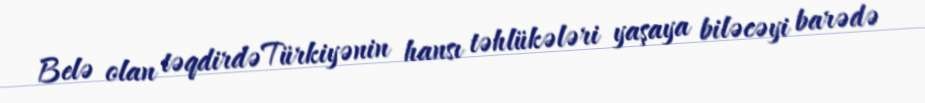
Belə olan təqdirdə Türkiyənin hansı təhlükələri yaşaya biləcəyi barədə